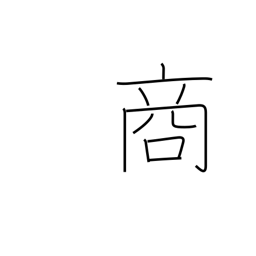
Meaning: selling